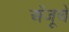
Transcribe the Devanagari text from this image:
अँजूचे